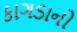
કાગડાનો